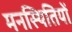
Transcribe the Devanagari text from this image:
मनस्थितियों